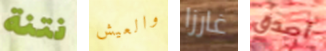
نتنة والعيش غارزا أصدق